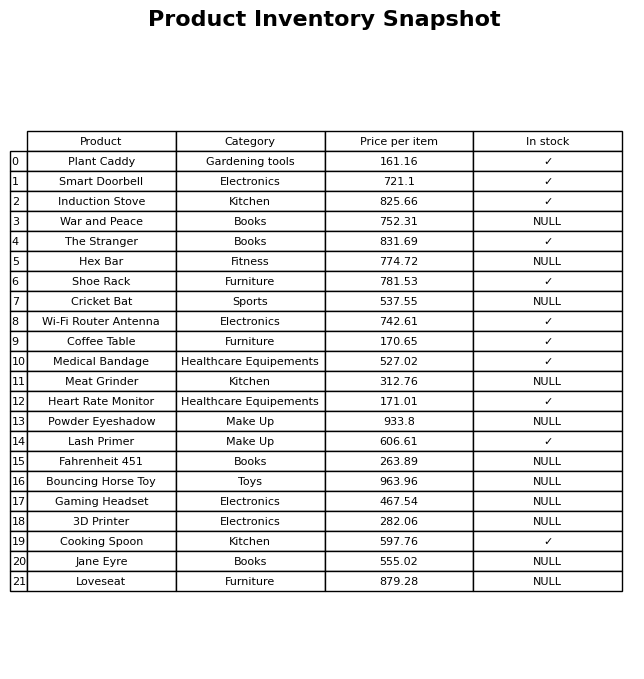
question: What is the price for Induction Stove?
answer: The price of Induction Stove is 825.66.